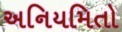
અનિયમિતો